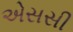
એસસી